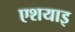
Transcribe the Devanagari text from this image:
एशयाइ